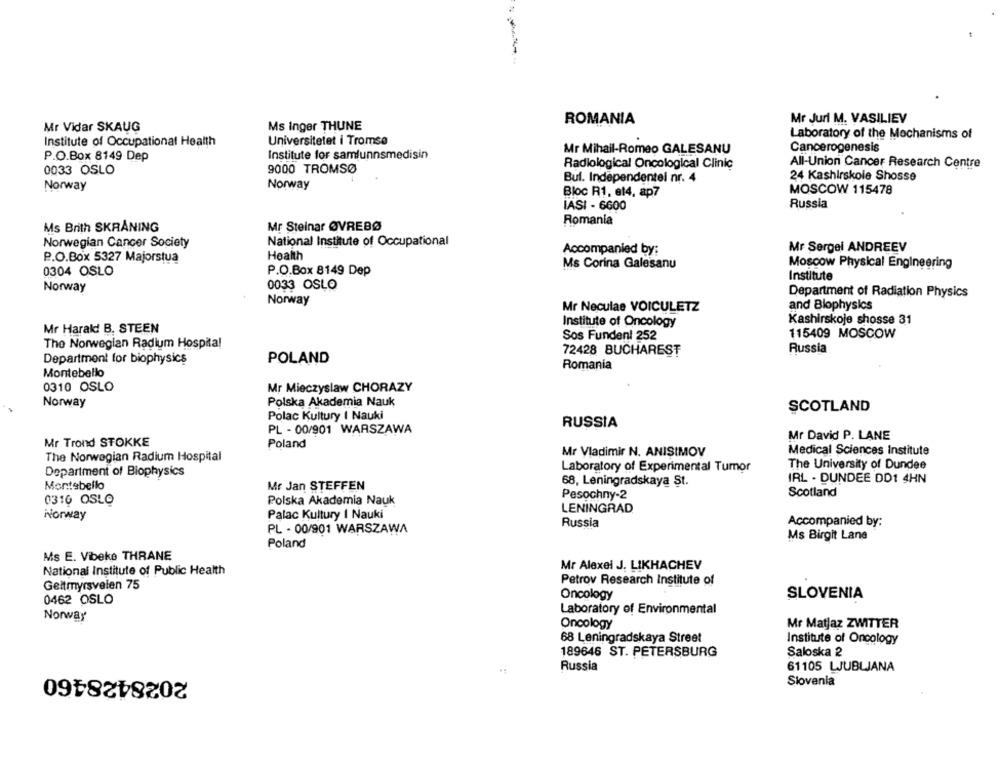
ROMANIA
Mr Jurl M. VASILIEV
Mr Vidar SKAUG
Ms Inger THUNE
Laboratory of the Mechanisms of
Institute of Occupational Health
Universitetet i Tromse
Institute for samfunnsmedisin
Mr Mihail-Romeo GALESANU
Cancerogenesis
P.O.Box 8149 Dep
9000 TROMSØ
Radiological Oncological Clinic
All-Union Cancer Research Centre
0033 OSLO
24 Kashirskole Shosse
Bul. Independentel nr. 4
Norway
Norway
MOSCOW 115478
Bloc R1, et4, ap7
IASI - 6600
Russia
Romania
Ms Brith SKRÅNING
Mr Steinar ØVREBØ
Norwegian Cancer Society
National Institute of Occupational
Accompanied by:
Mr Sergei ANDREEV
P.O.Box 5327 Majorstua
Health
Ms Corina Galesanu
Moscow Physical Engineering
0304 OSLO
P.O.Box 8149 Dep
Institute
Norway
0033 OSLO
Department of Radiation Physics
Norway
and Biophysics
Mr Neculae VOICULETZ
Kashirskoje shosse 31
Mr Harald! B. STEEN
Institute of Oncology
Sos Fundenl 252
115409 MOSCOW
The Norwegian Radium Hospital
Russia
POLAND
72428 BUCHAREST
Department for biophysics
Romania
Montebello
0310 OSLO
Mr Mieczyslaw CHORAZY
Norway
Polska Akademia Nauk
SCOTLAND
Polac Kultury I Nauki
RUSSIA
PL - 00/901 WARSZAWA
Mr David P. LANE
Mr Trond STOKKE
Poland
Medical Sciences Institute
The Norwegian Radium Hospital
Mr Vladimir N. ANISIMOV
The University of Dundee
Department of Biophysics
Laboratory of Experimental Tumor
68, Leningradskaya St.
IRL . DUNDEE DD1 4HN
Montebello
Mr Jan STEFFEN
Pesochny-2
Scotland
0316 OSLO
Polska Akademia Nauk
LENINGRAD
Norway
Palac Kultury I Nauki
Russia
Accompanied by:
PL - 00/901 WARSZAWA
Ms Birgit Lane
Poland
Ms E. Vibeke THRANE
National Institute of Public Health
Mr Alexei J. LIKHACHEV
Geltmyrsveien 75
Petrov Research Institute of
Oncology
SLOVENIA
0462 OSLO
Laboratory of Environmental
Norway
Oncology
Mr Matjaz ZWITTER
68 Leningradskaya Street
Institute of Oncology
189646 ST. PETERSBURG
Saloska 2
2028428460
Russia
61105 LJUBLJANA
Slovenia